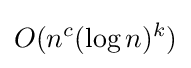
O(n^{c}(\log n)^{k})